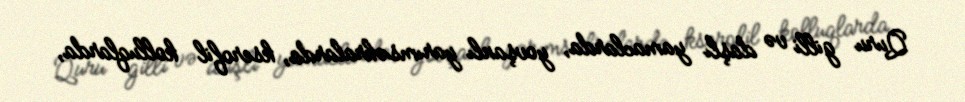
Quru gilli və daşlı yamaclarda, yovşanlı yarımsəhralarda, kserofil kolluqlarda,